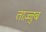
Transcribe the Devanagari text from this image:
ताज़्जुब